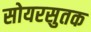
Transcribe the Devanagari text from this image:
सोयरसुतक